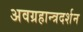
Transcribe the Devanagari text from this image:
अवग्रहान्त्रदर्शन